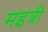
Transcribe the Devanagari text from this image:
मइत्री